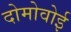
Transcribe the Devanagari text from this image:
दोमोवोई